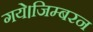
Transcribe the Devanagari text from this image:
गये।जिम्बरन